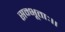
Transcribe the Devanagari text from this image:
सम्भूताः।।